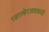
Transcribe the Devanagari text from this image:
ग्वाल्हेरजवळची